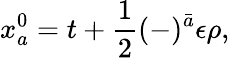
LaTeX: x_{a}^{0}=t+\frac{1}{2}(-)^{\bar{a}}\epsilon\rho,